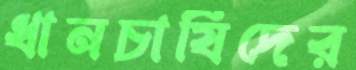
ধানচাষিদের